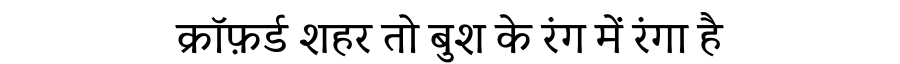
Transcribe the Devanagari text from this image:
क्रॉफ़र्ड शहर तो बुश के रंग में रंगा है